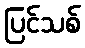
ပြင်သစ်